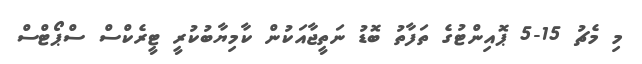
މި މެޗު 15-5 ޕޮއިންޓުގެ ތަފާތު ބޮޑު ނަތީޖާއަކުން ކާމިޔާބުކުރީ ޓީރެކްސް ސްޕޯޓްސް